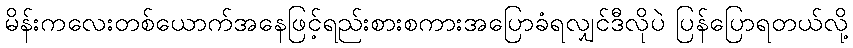
မိန်းကလေးတစ်ယောက်အနေဖြင့်ရည်းစားစကားအပြောခံရလျှင်ဒီလိုပဲ ပြန်ပြောရတယ်လို့